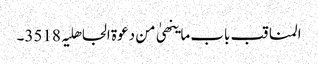
المناقب باب ما ینھیٰ من دعوۃ الجاھلیہ 3518۔